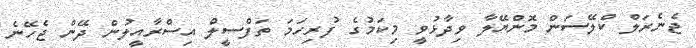
ޖެނެރަލް ކްލޭސަން މޮންޔޭލާ ވިދާޅުވީ މިކަމުގެ ފުރިހަމަ ތަފްސީލް އިސްރާއީލުން ދޭން ޖެހޭނެ